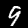
Label: 9